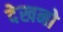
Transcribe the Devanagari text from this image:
देखनो